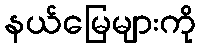
နယ်မြေများကို